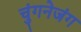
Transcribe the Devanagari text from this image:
चुंगनेजंग